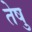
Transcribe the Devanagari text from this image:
तेषु